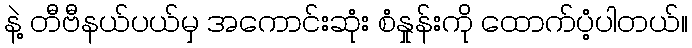
နဲ့ တီဗီနယ်ပယ်မှ အကောင်းဆုံး စံနှုန်းကို ထောက်ပံ့ပါတယ်။